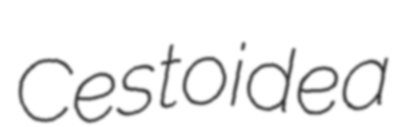
Cestoidea